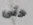
حتى